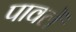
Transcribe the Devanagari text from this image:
पावलें